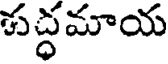
శద్ధమాయ